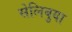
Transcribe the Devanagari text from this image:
सेलिबुया